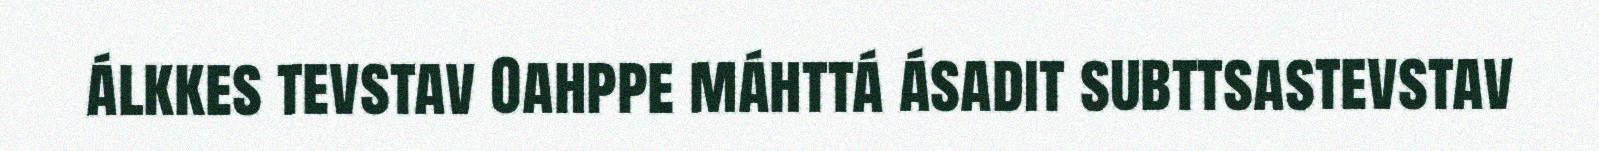
álkkes tevstav Oahppe máhttá ásadit subttsastevstav